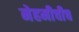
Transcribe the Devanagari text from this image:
नेहमीचीच